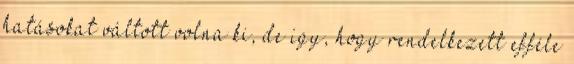
hatásokat váltott volna ki, de így, hogy rendelkezett efféle